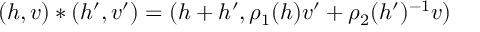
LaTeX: ( h , v ) \ast ( h ^ { \prime } , v ^ { \prime } ) = ( h + h ^ { \prime } , \rho _ { 1 } ( h ) v ^ { \prime } + \rho _ { 2 } ( h ^ { \prime } ) ^ { - 1 } v )